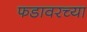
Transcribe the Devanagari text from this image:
फडावरच्या